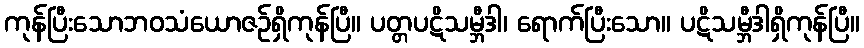
ကုန်ပြီးသောဘဝသံယောဇဉ်ရှိကုန်ပြီ။ ပတ္တပဋိသမ္ဘီဒါ၊ ရောက်ပြီးသော။ ပဋိသမ္ဘီဒါရှိကုန်ပြီ။